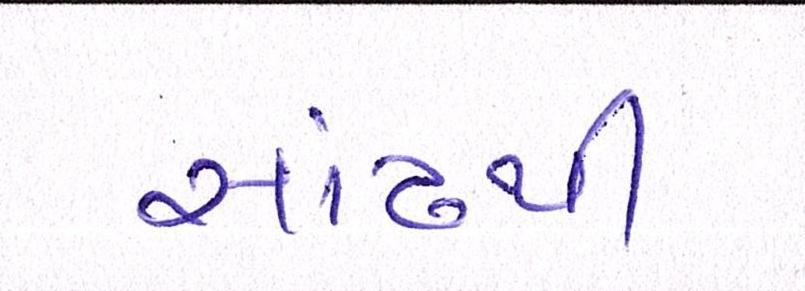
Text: સાંઢથી